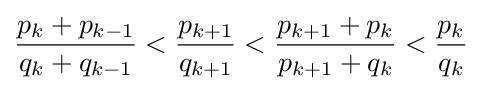
{\frac {p_{k}+p_{k-1}}{q_{k}+q_{k-1}}}<{\frac {p_{k+1}}{q_{k+1}}}<{\frac {p_{k+1}+p_{k}}{p_{k+1}+q_{k}}}<{\frac {p_{k}}{q_{k}}}